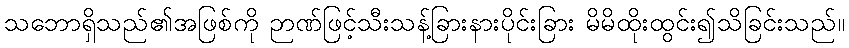
သဘောရှိသည်၏အဖြစ်ကို ဉာဏ်ဖြင့်သီးသန့်ခြားနားပိုင်းခြား မိမိထိုးထွင်း၍သိခြင်းသည်။